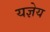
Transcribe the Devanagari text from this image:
यज्ञेय